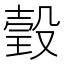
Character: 瑴